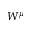
W ^ { \mu }